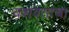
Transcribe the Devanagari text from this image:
यशवंतांचा